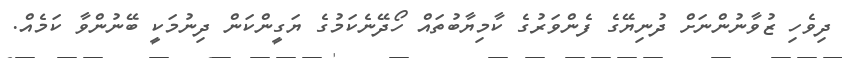
ދިވެހި ޒުވާނުންނަށް ދުނިޔޭގެ ފެންވަރުގެ ކާމިޔާބުތައް ހޯދޭނެކަމުގެ ޔަގީންކަން ދިނުމަކީ ބޭނުންވާ ކަމެއް.